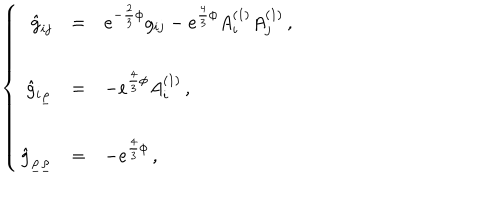
LaTeX: \left\{ \begin{array} { r c l } { { \hat { g } _ { i j } } } & { { = } } & { { e ^ { - \frac { 2 } { 3 } \phi } g _ { i j } - e ^ { \frac { 4 } { 3 } \phi } A _ { i } ^ { ( 1 ) } A _ { j } ^ { ( 1 ) } \, , } } \\ { { } } & { { } } & { { } } \\ { { \hat { g } _ { i \underline { { { \rho } } } } } } & { { = } } & { { - e ^ { \frac { 4 } { 3 } \phi } A _ { i } ^ { ( 1 ) } \, , } } \\ { { } } & { { } } & { { } } \\ { { \hat { g } _ { \underline { { { \rho } } } \underline { { { \rho } } } } } } & { { = } } & { { - e ^ { \frac { 4 } { 3 } \phi } \, , } } \\ \end{array} \right.